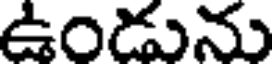
ఉండును